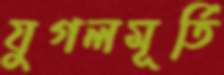
যুগলমূর্তি